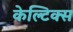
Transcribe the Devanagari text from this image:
केल्टिक्स